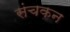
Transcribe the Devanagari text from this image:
संचकन